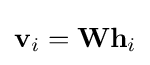
\mathbf {v} _{i}=\mathbf {W} \mathbf {h} _{i}